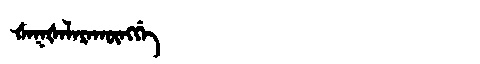
Manchu: ᡧᠠᡴᡧᠠᠯᠠᡵᠠᡴᡡᠩᡤᡝ
Romanization: ŠAKŠALARAKŪNGGE